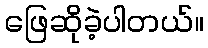
ဖြေဆိုခဲ့ပါတယ်။